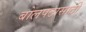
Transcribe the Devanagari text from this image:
बोलपटासाठी